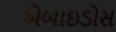
એબાઇડોસ